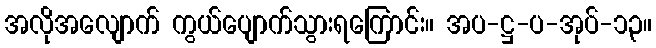
အလိုအလျောက် ကွယ်ပျောက်သွားရကြောင်း။ အပ-ဋ္ဌ-ပ-အုပ်-၁၃။